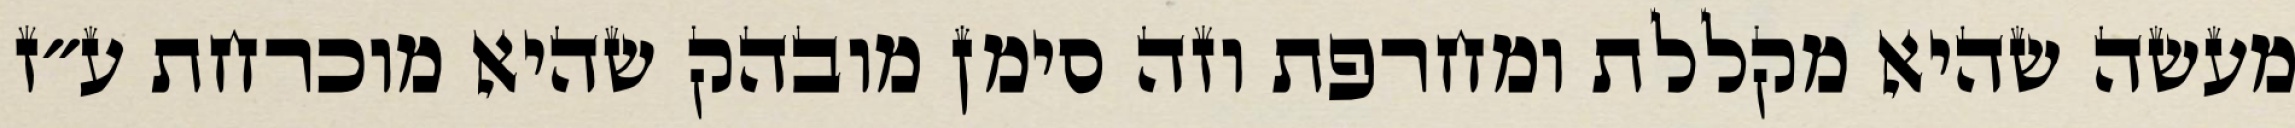
מעשה שהיא מקללת ומחרפת וזה סימן מובהק שהיא מוכרחת ע״ז